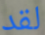
لقد